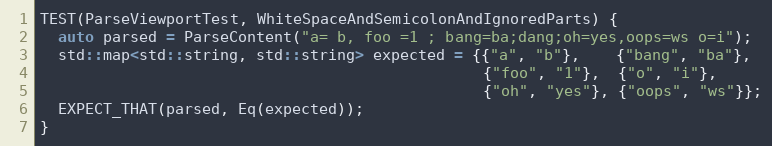
Language: C++
TEST(ParseViewportTest, WhiteSpaceAndSemicolonAndIgnoredParts) {
  auto parsed = ParseContent("a= b, foo =1 ; bang=ba;dang;oh=yes,oops=ws o=i");
  std::map<std::string, std::string> expected = {{"a", "b"},    {"bang", "ba"},
                                                 {"foo", "1"},  {"o", "i"},
                                                 {"oh", "yes"}, {"oops", "ws"}};
  EXPECT_THAT(parsed, Eq(expected));
}